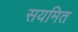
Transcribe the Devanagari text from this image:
सयमित